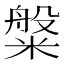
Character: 𬖯